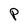
Character: P